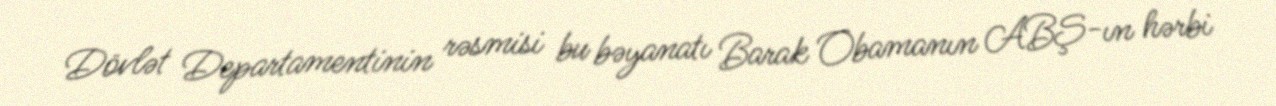
Dövlət Departamentinin rəsmisi bu bəyanatı Barak Obamanın ABŞ-ın hərbi